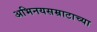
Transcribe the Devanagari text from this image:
अभिनयसम्राटाच्या